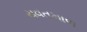
યવતમાળ